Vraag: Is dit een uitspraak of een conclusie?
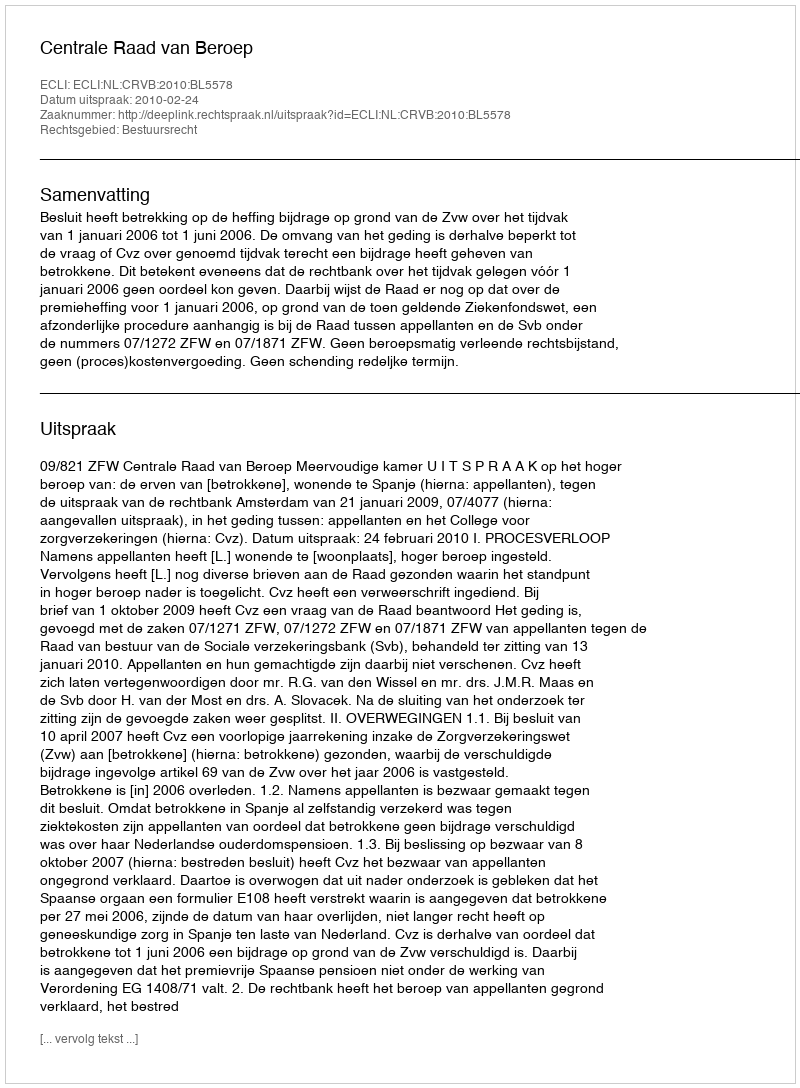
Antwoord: Uitspraak